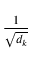
\frac { 1 } { \sqrt { d _ { k } } }